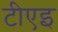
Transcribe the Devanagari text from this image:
टीएइ